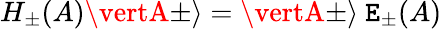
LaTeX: H_{\pm}(A)\vertA\pm\rangle=\vertA\pm\rangle\ \mathtt{E}_{\pm}(A)